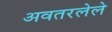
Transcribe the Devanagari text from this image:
अवतरलेले